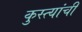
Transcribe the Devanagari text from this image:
कुस्त्यांची